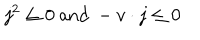
LaTeX: j ^ { 2 } \leq 0 \ \mathrm { a n d } \ - v \cdot j \leq 0